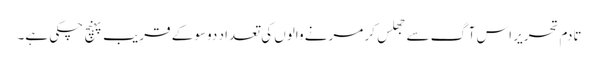
تادمِ تحریر اس آگ سے جھلس کر مرنے والوں کی تعداد دوسو کے قریب پہنچ چکی ہے۔